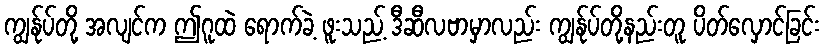
ကျွန်ုပ်တို့ အလျင်က ဤဂူထဲ ရောက်ခဲ့ ဖူးသည့် ဒီဆီလဗာမှာလည်း ကျွန်ုပ်တို့နည်းတူ ပိတ်လှောင်ခြင်း